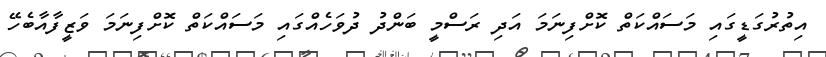
އިތުރުގަޑީގައި މަސައްކަތް ކޮށްފިނަމަ އަދި ރަސްމީ ބަންދު ދުވަހެއްގައި މަސައްކަތް ކޮށްފިނަމަ ވަޒީފާއާބެހޭ